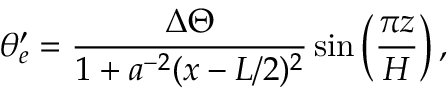
\theta _ { e } ^ { \prime } = \frac { \Delta \Theta } { 1 + a ^ { - 2 } ( x - L / 2 ) ^ { 2 } } \sin \left( \frac { \pi z } { H } \right) ,